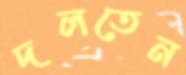
দলতেন